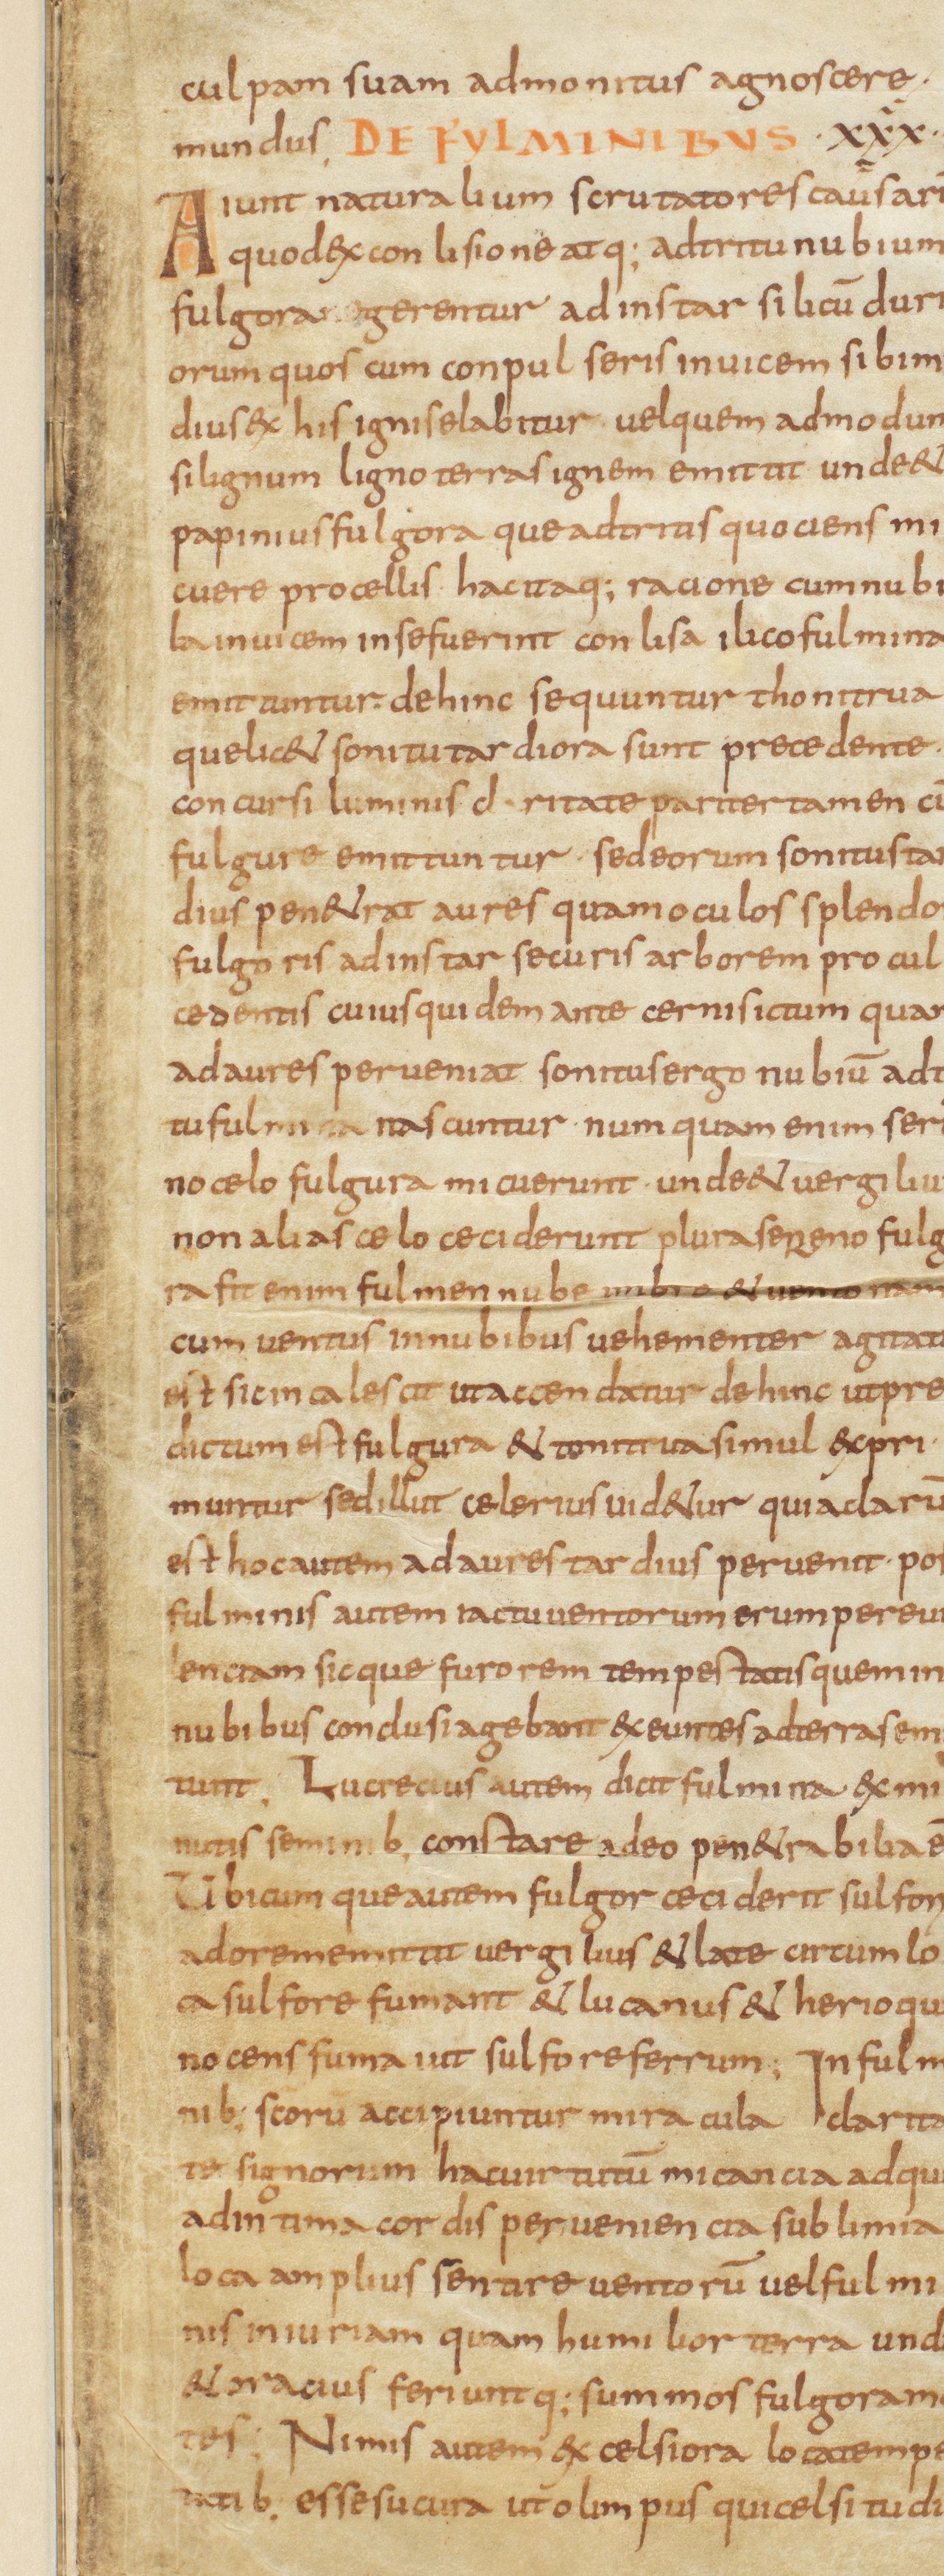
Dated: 800–999